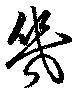
幾